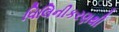
વિલિનીકરણથી